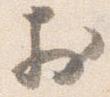
於